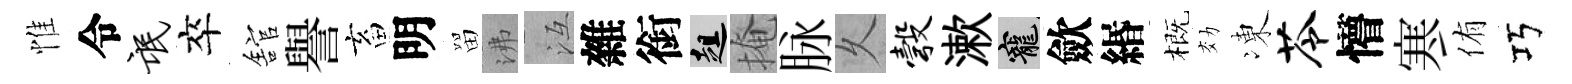
惟令氓卒舘譽畜明㽞沸冱雜銜趄掩脉乆彀漱寵歛緡概効凍苓懵寒侑巧